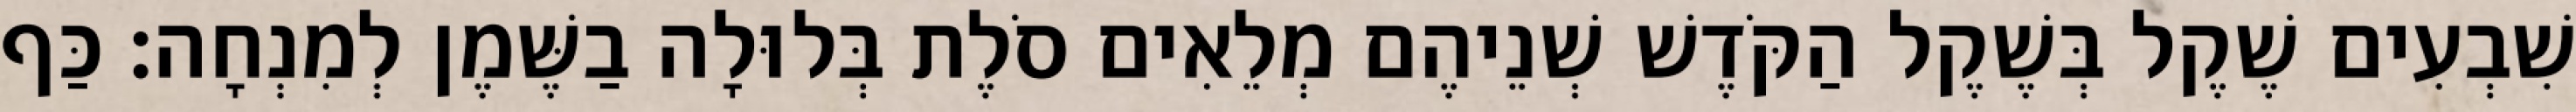
שִׁבְעִים שֶׁקֶל בְּשֶׁקֶל הַקֹּדֶשׁ שְׁנֵיהֶם מְלֵאִים סֹלֶת בְּלוּלָה בַשֶּׁמֶן לְמִנְחָה׃ כַּף